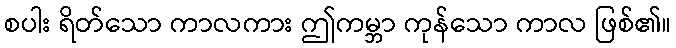
စပါး ရိတ်သော ကာလကား ဤကမ္ဘာ ကုန်သော ကာလ ဖြစ်၏။